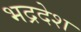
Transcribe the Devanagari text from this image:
भद्रदेश